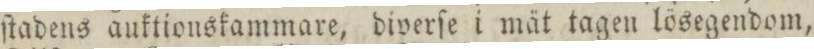
ſtadens auktionskammare, diverſe i mät tagen lösegendom,